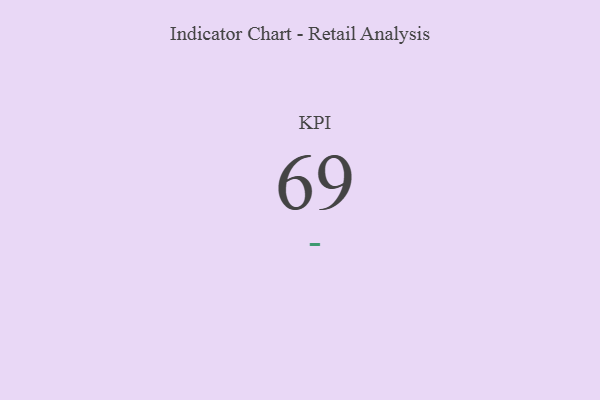
{"axis": {"x": "KPI", "y": "Value"}, "legend": [""], "data": [{"x": "KPI", "y": 69, "type": ""}]}